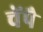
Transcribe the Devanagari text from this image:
चेंपै